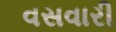
વસવારી